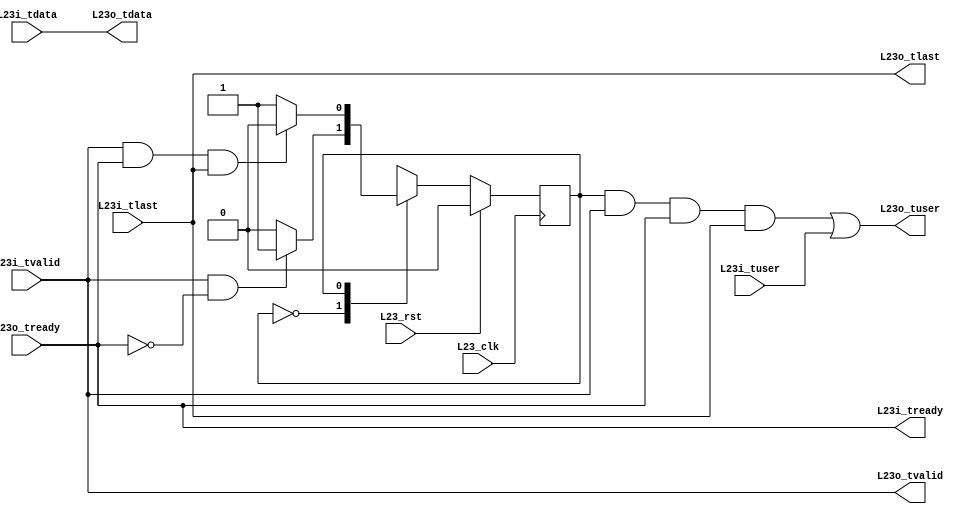
`timescale 1ns / 1ps
//////////////////////////////////////////////////////////////////////////////////
// Company:
// 
// Design Name: 
// Module Name: L23temac2fifo_v2
// Project Name: L23buffer_v2 
// Target Devices: 
// Tool Versions: 
// Description: 
// 
// Dependencies: 
// 
// Revision:
// Revision 0.01 - File Created
// Additional Comments:
// 
//////////////////////////////////////////////////////////////////////////////////

module L23temac2fifo (
input L23_clk,	//shared wire
input L23_rst,	//shared wire

//AXI-stream input ports
input [7:0] L23i_tdata,
input L23i_tlast,
input L23i_tuser,
output L23i_tready,
input L23i_tvalid,

//AXI-stream output ports
output [7:0] L23o_tdata,
output L23o_tlast,
output L23o_tuser,
input L23o_tready,
output L23o_tvalid
);

//IDLE STATE (DO NOTHING)
parameter IDLE = 1'b0;
//TUSER STATE (GENERATION OF TUSER SIGNAL IS PENDING)
parameter TUSER = 1'b1;

reg state;

// Control state machine implementation 
always@(posedge L23_clk)
  begin
    if(L23_rst)
      begin
        state <= IDLE;	/*Initial state is IDLE*/
	  end
  else
    begin
     case(state)
       IDLE: if(L23i_tvalid && !L23o_tready) 
            begin 
              state <= TUSER; 
            end
           else
            begin
              state <= IDLE;
            end
	   TUSER: if(L23i_tvalid && L23o_tready && L23i_tlast)
			begin
			  state <= IDLE;
			end
		   else
			begin
			  state <= TUSER;
			end
     endcase
    end
 end

 assign L23o_tuser = (((state == TUSER) && (L23i_tvalid) && (L23o_tready) && (L23i_tlast)) || (L23i_tuser)); 
 assign L23o_tvalid = L23i_tvalid;
 assign L23o_tlast = L23i_tlast;
 assign L23o_tdata = L23i_tdata;
 assign L23i_tready = L23o_tready;
  
endmodule